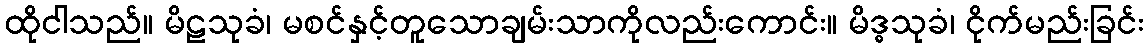
ထိုငါသည်။ မိဠသုခံ၊ မစင်နှင့်တူသောချမ်းသာကိုလည်းကောင်း။ မိဒ္ဓသုခံ၊ ငိုက်မည်းခြင်း